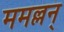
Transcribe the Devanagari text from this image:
ममल्लन्